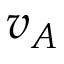
v _ { A }